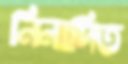
নিনাদিত